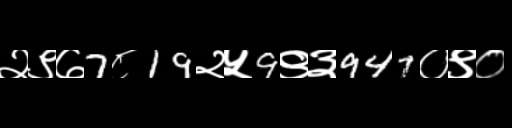
Text: २९७7८19२५9९३947०९०